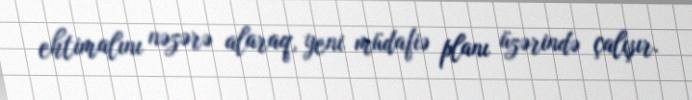
ehtimalını nəzərə alaraq, yeni müdafiə planı üzərində çalışır.